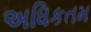
અધિકતમ